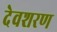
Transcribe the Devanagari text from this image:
देवशरण